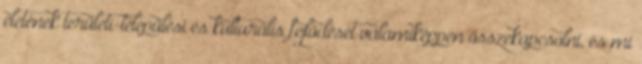
életének területi-települési és kulturális fejlődését valamiképpen összekapcsolni, és mi